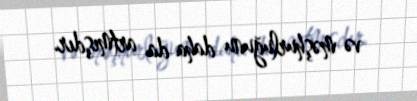
və məşhurluğunu daha da artmışdır.